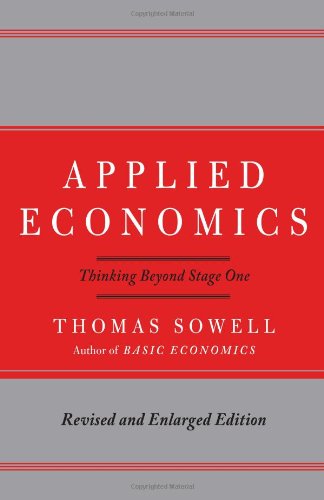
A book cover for Applied Economics: Thinking Beyond Stage One; Thomas Sowell; Business & Money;